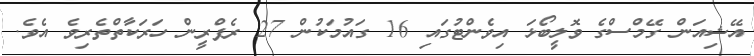
އޭޝިއަން ގޭމްސްގެ ވޮލީބޯޅަ އިވެންޓުގައި 16 ގައުމަކުން 27 ރެފްރީން ހަރަކާތްތެރިވެ އެވެ.